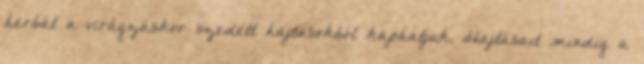
herbát a virágzáskor szedett hajtásokból kaphatjuk. Hajtásait mindig a